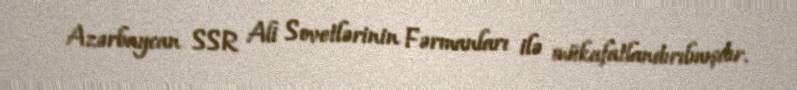
Azərbaycan SSR Ali Sovetlərinin Fərmanları ilə mükafatlandırılmışdır.